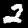
Digit: 2